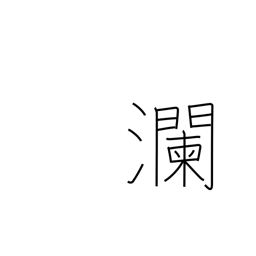
Meaning: large waves